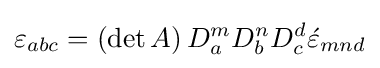
\varepsilon _{abc}=\left(\det {A}\right)D_{a}^{m}D_{b}^{n}D_{c}^{d}{\acute {\varepsilon }}_{mnd}